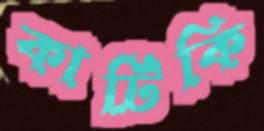
কাটিকি